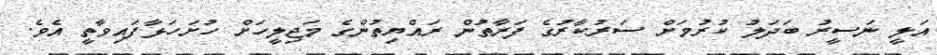
އަލީ ނަސީރު ބަދަލު ކުރުމަށް ސަރުކާރުގެ ފަރާތުން ރައްޔިތުންގެ މަޖިލީހަށް ހުށަހަޅާފައިވާތީ އެވެ.